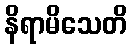
နိရာမိသေတိ